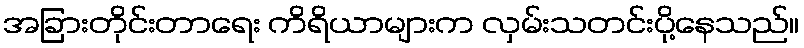
အခြားတိုင်းတာရေး ကိရိယာများက လှမ်းသတင်းပို့နေသည်။